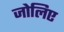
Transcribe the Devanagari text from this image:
जोलिए